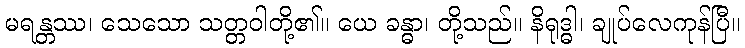
မရန္တဿ၊ သေသော သတ္တဝါတို့၏။ ယေ ခန္ဓာ၊ တို့သည်။ နိရုဒ္ဓါ၊ ချုပ်လေကုန်ပြီ။